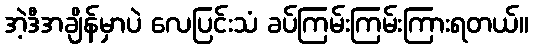
အဲ့ဒီအချိန်မှာပဲ လေပြင်းသံ ခပ်ကြမ်းကြမ်းကြားရတယ်။